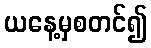
ယနေ့မှစတင်၍